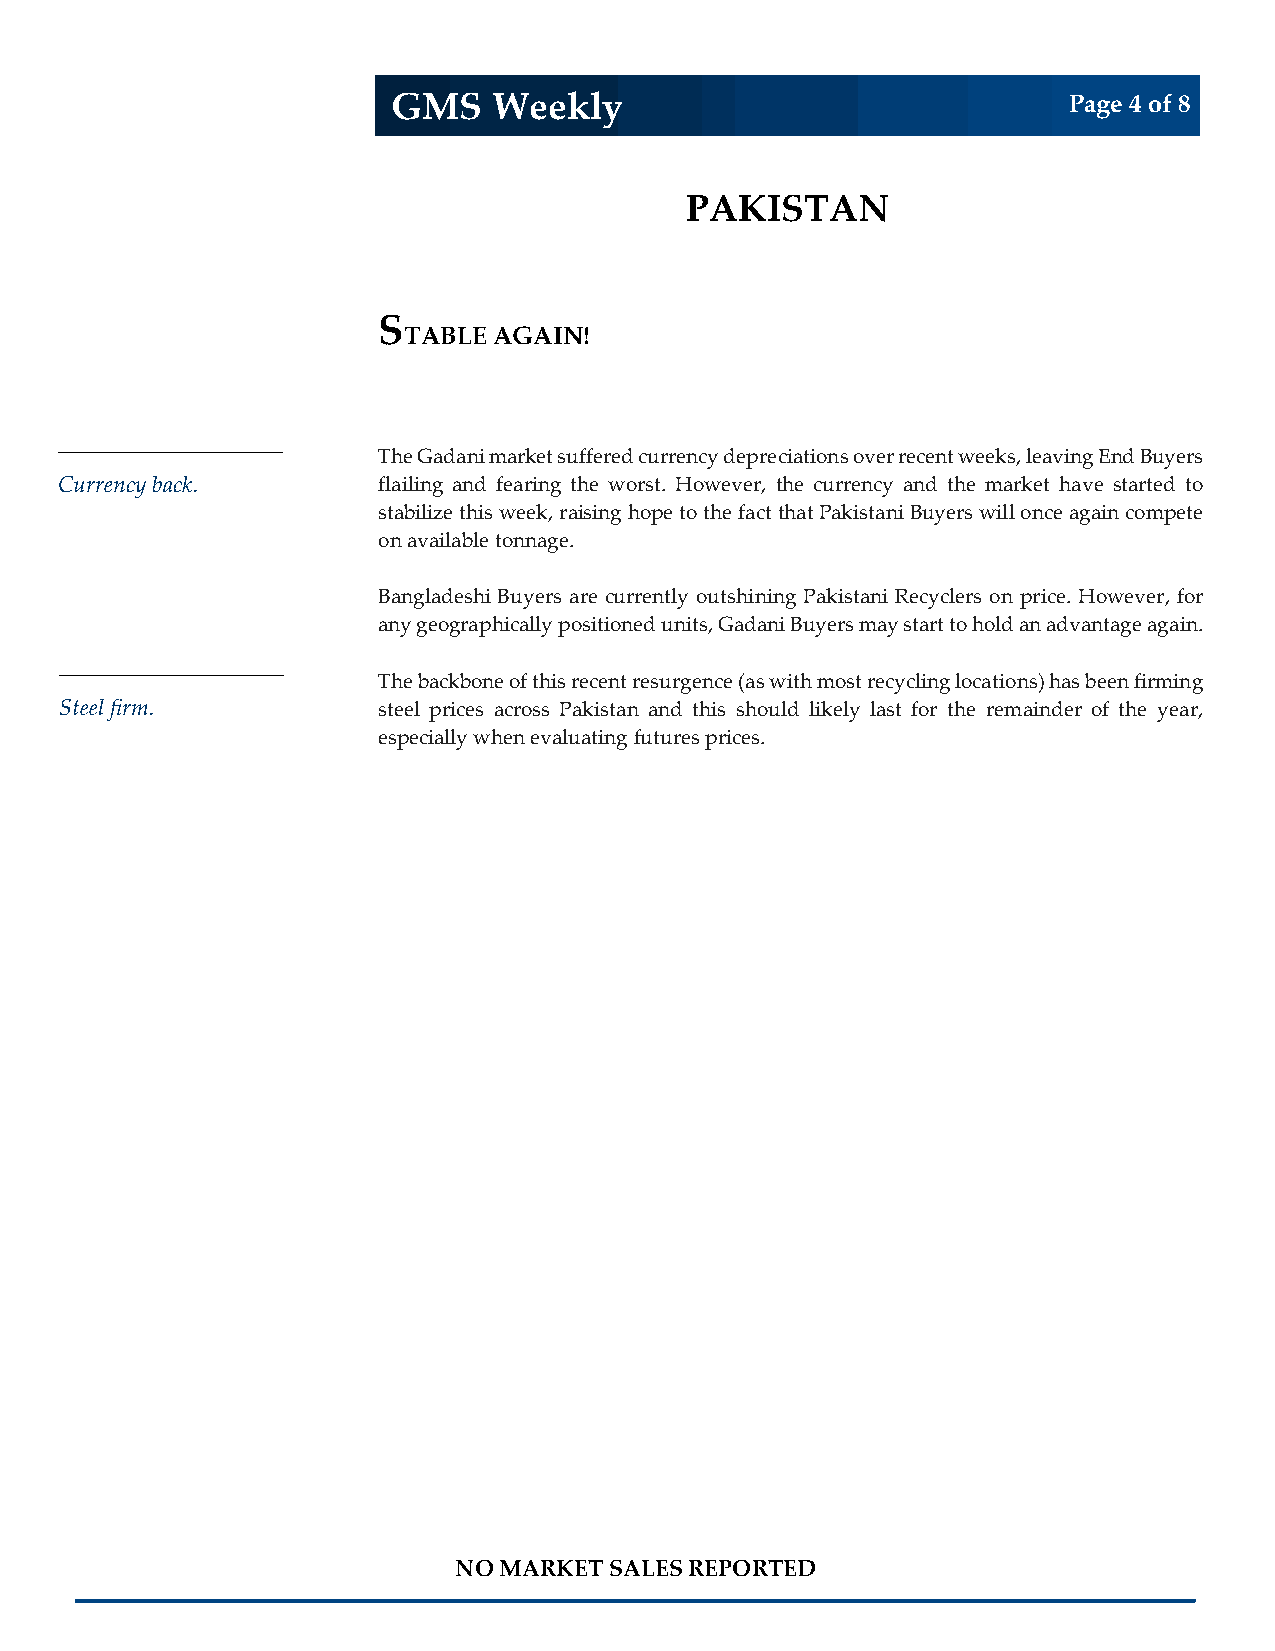
GMS    Weekly                                Page 4 of 8
 PAKISTAN
 INDIA
 S
 TABLE AGAIN!
 INDIA
 The Gadani market suffered currency depreciations over recent weeks, leaving End Buyers
 Currency back .      flailing and fearing the worst. However, th e currency and the market have started to
 stabilize this week, raising hope to the fact that Pakistani Buyers will once again compete
 INDIA
 on available tonnage.
 Bangladeshi Buyers are currently outshining Pakistani Recyclers on price. However, for
 any geographically positioned units, Gadani Buyers may start to hold an advantage again.
 INDIA
 The backbone of this recent resurgence (as with most recycling locations) has been firming
 Steel firm.          steel prices across Pakistan and this should likely last for the remainder of the year,
 especially when evaluating futures prices.
 INDIA
 INDIA
 Buyers ready to acquire
 INDIA
 NO MARKET SALES REPORTED